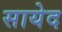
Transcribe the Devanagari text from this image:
सायेद